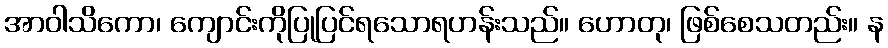
အာဝါသိကော၊ ကျောင်းကိုပြုပြင်ရသောရဟန်းသည်။ ဟောတု၊ ဖြစ်စေသတည်း။ န